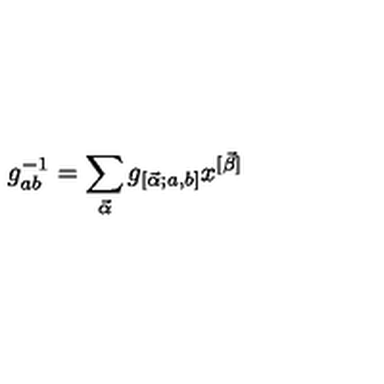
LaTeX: g _ { a b } ^ { - 1 } = \sum _ { \vec { \alpha } } g _ { [ \vec { \alpha } ; a , b ] } x ^ { [ \vec { \beta } ] }